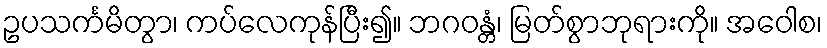
ဥပသင်္ကမိတွာ၊ ကပ်လေကုန်ပြီး၍။ ဘဂဝန္တံ၊ မြတ်စွာဘုရားကို။ အဝေါစ၊